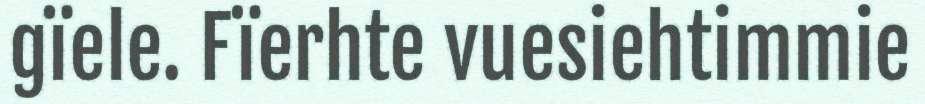
gïele. Fïerhte vuesiehtimmie